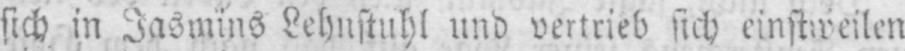
sich in Jasmins Lehnstuhl und vertrieb sich einstweilen